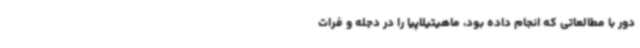
دور با مطالعاتی که انجام داده ‌بود، ماهیتیلاپیا را در دجله و فرات